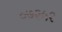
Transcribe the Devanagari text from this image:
०७२५२